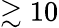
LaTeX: \gtrsim 10